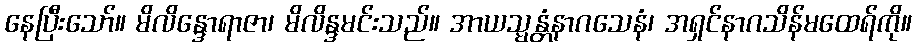
နေပြီးသော်။ မိလိန္ဒောရာဇာ၊ မိလိန္ဒမင်းသည်။ အာယသ္မန္တံနာဂသေနံ၊ အရှင်နာဂသိန်မထေရ်ကို။